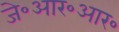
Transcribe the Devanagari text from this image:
जे॰आर॰आर॰